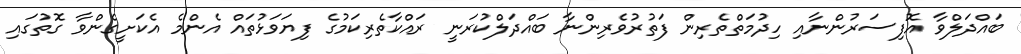
ބައްދަލްވާ އޮފިސަރުންނާއި ހިދުމަތްތެރިން ފަތުރުވެރިންނާ ބައްދަލްކުރަނީ ރައްކާތެރިކަމުގެ ފިޔަވަޅުތައް އެންމެ އެކަށީގެންވާ ގޮތުގައި